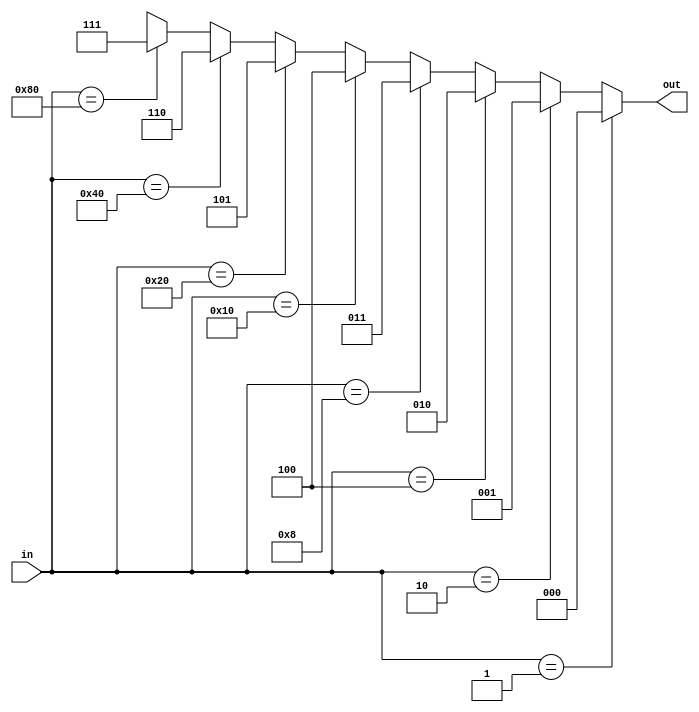
module encoder8_3( in, out) ;
	
	input [7:0] in ;
	output reg [2:0] out ;

	always @(in)
		begin: always_block
			if (in == 8 'd1)
				out = 3 'd0 ;
			
			else if (in == 8 'd2)
				out = 3 'd1 ;

			else if (in == 8 'd4)
				out = 3 'd2 ;

			else if (in == 8 'd8)
				out = 3 'd3 ;

			else if (in == 8 'd16)
				out = 3 'd4 ;

			else if (in == 8 'd32)
				out = 3 'd5 ;

			else if (in == 8 'd64)
				out = 3 'd6 ;

			else if (in == 8 'd128)
				out = 3 'd7 ;

			else
				out = 3 'dx ;

		end: always_block

endmodule